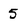
Character: 5